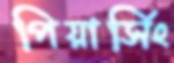
পিয়ার্সিং